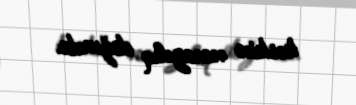
kəskin narazılıq doğurdu.